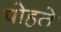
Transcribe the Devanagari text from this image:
पोहते